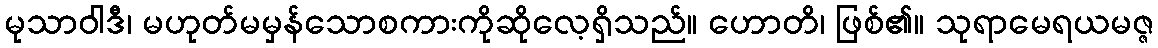
မုသာဝါဒီ၊ မဟုတ်မမှန်သောစကားကိုဆိုလေ့ရှိသည်။ ဟောတိ၊ ဖြစ်၏။ သုရာမေရယမဇ္ဇ